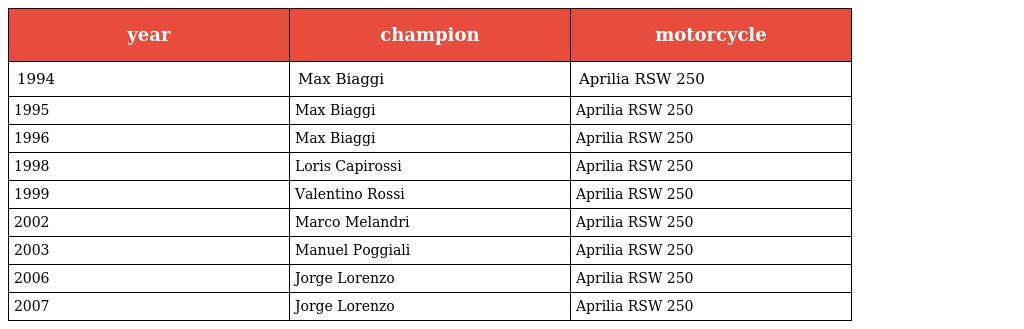
| year | champion | motorcycle |
 | --- | --- | --- |
 | 1994 | Max Biaggi | Aprilia RSW 250 |
 | 1995 | Max Biaggi | Aprilia RSW 250 |
 | 1996 | Max Biaggi | Aprilia RSW 250 |
 | 1998 | Loris Capirossi | Aprilia RSW 250 |
 | 1999 | Valentino Rossi | Aprilia RSW 250 |
 | 2002 | Marco Melandri | Aprilia RSW 250 |
 | 2003 | Manuel Poggiali | Aprilia RSW 250 |
 | 2006 | Jorge Lorenzo | Aprilia RSW 250 |
 | 2007 | Jorge Lorenzo | Aprilia RSW 250 |